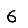
Digit: 6